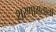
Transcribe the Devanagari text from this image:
शरणागताला